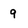
Character: 9